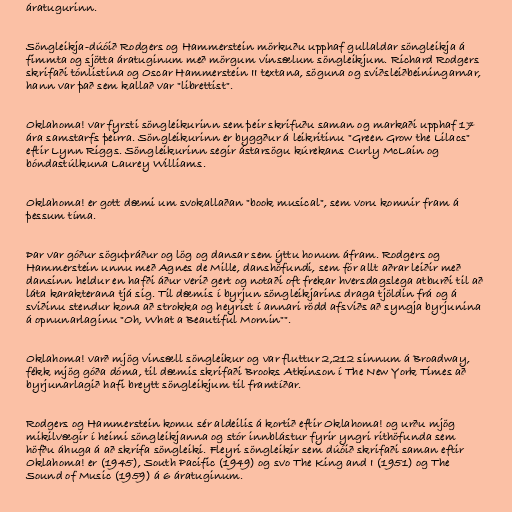
áratugurinn.

Söngleikja-dúóið Rodgers og Hammerstein mörkuðu upphaf gullaldar söngleikja á
fimmta og sjötta áratuginum með mörgum vinsælum söngleikjum. Richard Rodgers
skrifaði tónlistina og Oscar Hammerstein II textana, söguna og sviðsleiðbeiningarnar,
hann var það sem kallað var "librettist".

Oklahoma! var fyrsti söngleikurinn sem þeir skrifuðu saman og markaði upphaf 17
ára samstarfs þeirra. Söngleikurinn er byggður á leikritinu "Green Grow the Lilacs"
eftir Lynn Riggs. Söngleikurinn segir ástarsögu kúrekans Curly McLain og
bóndastúlkuna Laurey Williams.

Oklahoma! er gott dæmi um svokallaðan "book musical", sem voru komnir fram á
þessum tíma.

Þar var góður söguþráður og lög og dansar sem ýttu honum áfram. Rodgers og
Hammerstein unnu með Agnes de Mille, danshöfundi, sem fór allt aðrar leiðir með
dansinn heldur en hafði áður verið gert og notaði oft frekar hversdagslega atburði til að
láta karakterana tjá sig. Til dæmis í byrjun söngleikjarins draga tjöldin frá og á
sviðinu stendur kona að strokka og heyrist í annari rödd afsviðs að syngja byrjunina
á opnunarlaginu "Oh, What a Beautiful Mornin"".

Oklahoma! varð mjög vinsæll söngleikur og var fluttur 2,212 sinnum á Broadway,
fékk mjög góða dóma, til dæmis skrifaði Brooks Atkinson í The New York Times að
byrjunarlagið hafi breytt söngleikjum til framtíðar.

Rodgers og Hammerstein komu sér aldeilis á kortið eftir Oklahoma! og urðu mjög
mikilvægir í heimi söngleikjanna og stór innblástur fyrir yngri rithöfunda sem
höfðu áhuga á að skrifa söngleiki. Fleyri söngleikir sem dúóið skrifaði saman eftir
Oklahoma! er (1945), South Pacific (1949) og svo The King and I (1951) og The
Sound of Music (1959) á 6 áratuginum.